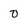
Character: 0